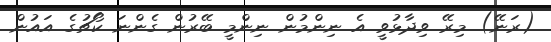
(ރަނޭ) މިރޭ ވިދާޅުވީ އެ ނިންމުން ނިންމީ ބޭރުން ގެންނަ ކޯޗުގެ އައުން